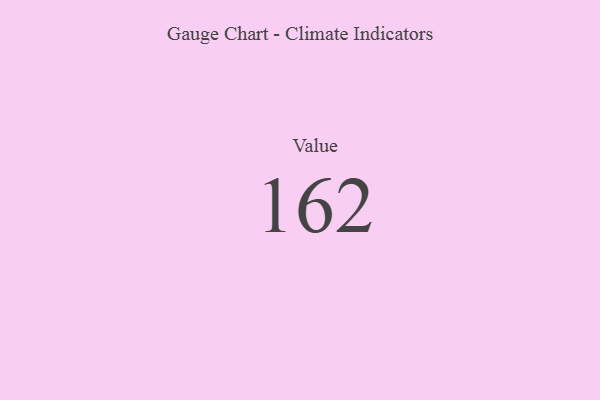
{"axis": {"x": "Metric", "y": "Value"}, "legend": [""], "data": [{"x": "Value", "y": 162, "type": ""}]}